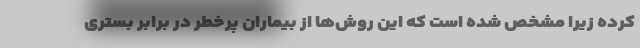
کرده زیرا مشخص شده است که این روش‌ها از بیماران پرخطر در برابر بستری